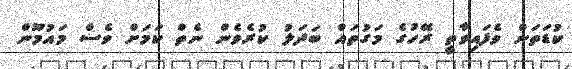
ކުޑަތަން ވެފައިވާތީ ރޭހުގެ މަގުތައް ބަދަލު ކުރެވެން ނެތް ކަމަށް ވެސް މައުމޫން